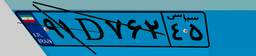
۵۱D۲۶۲۶۴